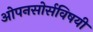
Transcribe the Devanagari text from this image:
ओपनसोर्सविषयी